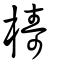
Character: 檮